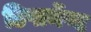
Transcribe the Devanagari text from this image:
डिपार्मेण्ट